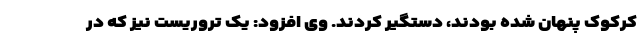
کرکوک پنهان شده بودند، دستگیر کردند. وی افزود: یک تروریست نیز که در